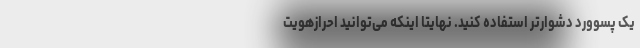
یک پسوورد دشوارتر استفاده کنید. نهایتاً اینکه می‌توانید احرازهویت